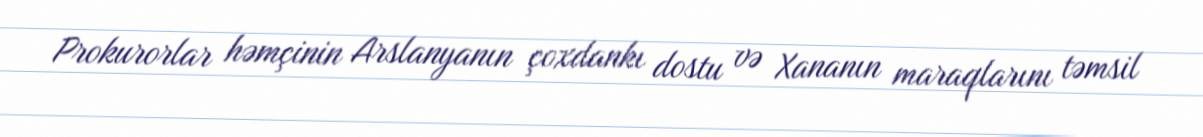
Prokurorlar həmçinin Arslanyanın çoxdankı dostu və Xananın maraqlarını təmsil